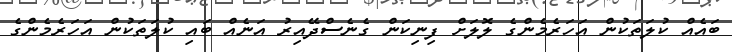
ބައެއް ކުލަތަކުން އަހަރެމެންގެ ލޮލަށް ފިނިކަން ގެނެސްދޭއިރު އަނެއް ބައި ކުލަތަކުން އަހަރެމެންގެ